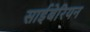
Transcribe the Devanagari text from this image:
साईबेरियन